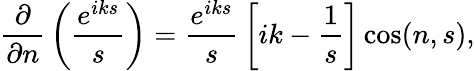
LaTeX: {\frac{\partial}{\partial n}}\left({\frac{e^{iks}}{s}}\right)={\frac{e^{iks}}{s}}\left[ik-{\frac{1}{s}}\right]\cos(n,s),